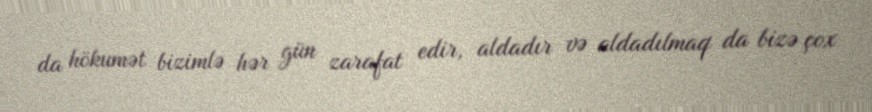
da hökumət bizimlə hər gün zarafat edir, aldadır və aldadılmaq da bizə çox